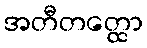
အတီတတ္ထော